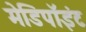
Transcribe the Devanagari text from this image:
मेडिपॉइंट